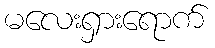
မလေးရှားရောက်